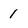
Character: 1